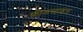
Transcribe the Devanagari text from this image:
फीलस्टाइल